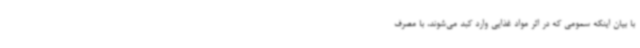
با بیان اینکه سمومی که در اثر مواد غذایی وارد کبد می‌شوند، با مصرف